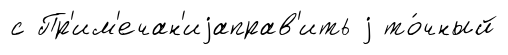
с Пр'им'ечан'иjаправ'ить j то́чный